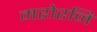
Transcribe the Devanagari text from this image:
मरोरनि